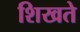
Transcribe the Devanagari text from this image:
शिखते